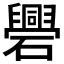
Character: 𥗑